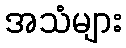
အသံများ